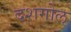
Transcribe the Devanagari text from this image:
दशगोल